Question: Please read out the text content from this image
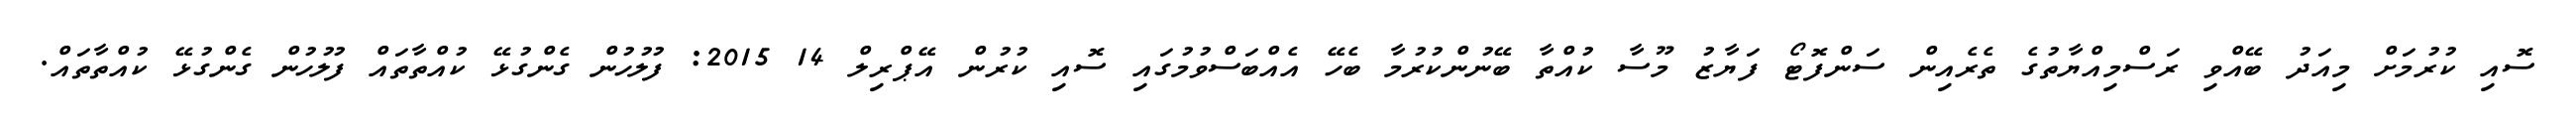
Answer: ސޮއި ކުރުމަށް މިއަދު ބޭއްވި ރަސްމިއްޔާތުގެ ތެރެއިން ސަންފޮޓޯ ފަޔާޒު މޫސާ ކުއްތާ ބޭނުންކުރުމާ ބެހޭ އެއްބަސްވުމުގައި ސޮއި ކުރުން އޭޕްރިލް 14 2015: ފުލުހުން ގެންގުޅޭ ކުއްތާތައް ފުލުހުން ގެންގުޅޭ ކުއްތާތައް.